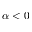
\alpha < 0